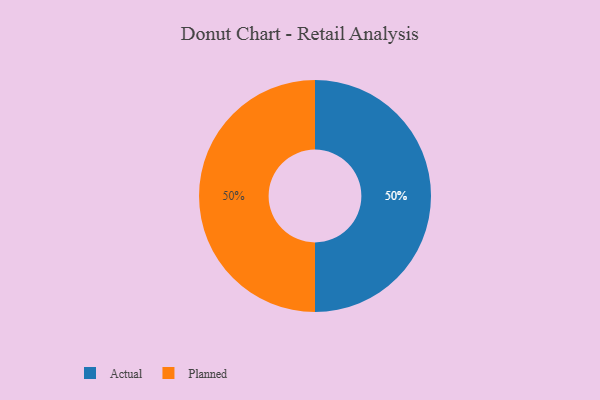
{"axis": {"x": "Category", "y": "Percentage"}, "legend": ["Actual", "Planned"], "data": [{"x": "Actual", "y": 50, "type": "Actual"}, {"x": "Planned", "y": 50, "type": "Planned"}]}